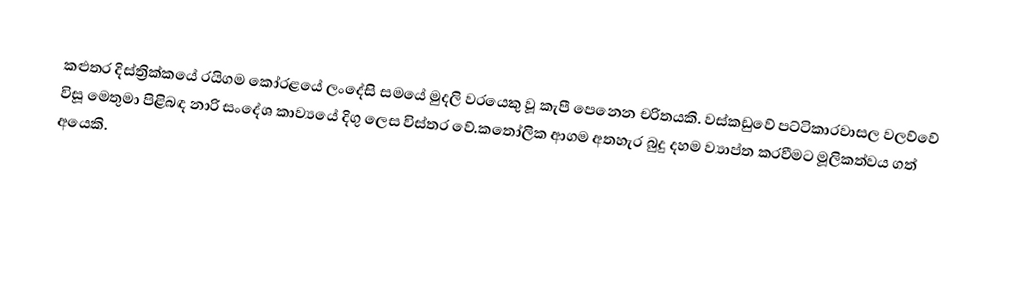
කළුතර දිස්ත්‍රික්කයේ රයිගම කෝරළයේ ලංදේසි සමයේ මුදලි වරයෙකු වූ කැපී පෙනෙන චරිතයකි. වස්කඩුවේ පට්ටිකාරවාසල වලව්වේ විසූ මෙතුමා පිළිබඳ නාරි සංදේශ කාව්‍යයේ දිගු ලෙස විස්තර වේ.කතෝලික ආගම අතහැර බුදු දහම ව්‍යාප්ත කරවීමට මූලිකත්වය ගත් අයෙකි.